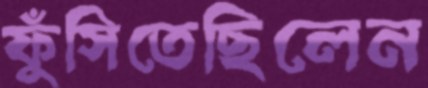
ফুঁসিতেছিলেন